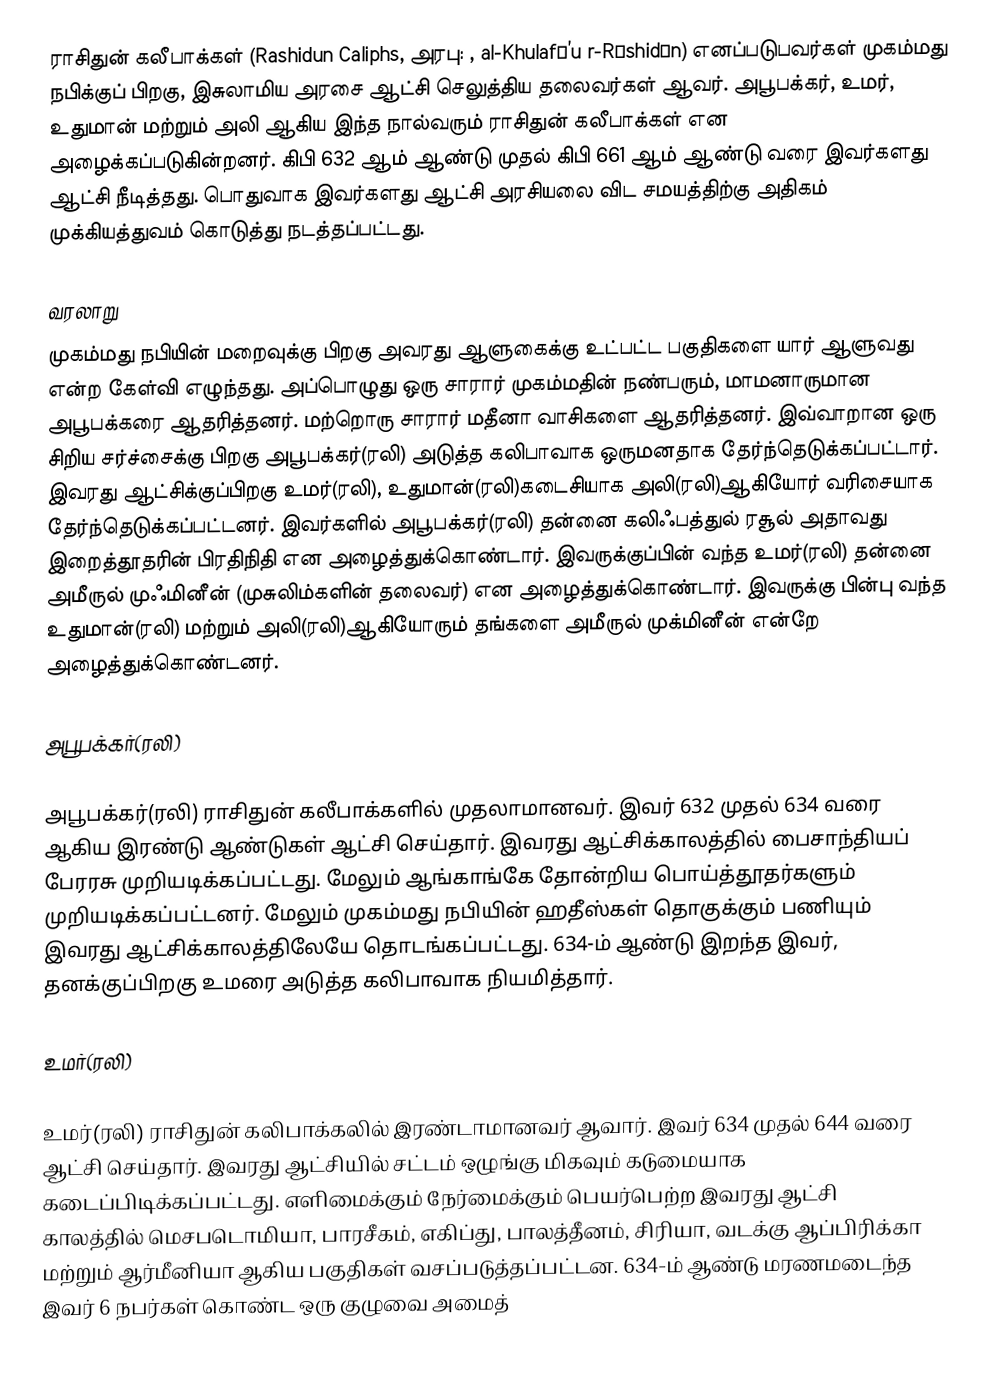
ராசிதுன் கலீபாக்கள் (Rashidun Caliphs, அரபு: , al-Khulafā’u r-Rāshidūn) எனப்படுபவர்கள் முகம்மது நபிக்குப் பிறகு, இசுலாமிய அரசை ஆட்சி செலுத்திய தலைவர்கள் ஆவர். அபூபக்கர், உமர், உதுமான் மற்றும் அலி ஆகிய இந்த நால்வரும் ராசிதுன் கலீபாக்கள் என அழைக்கப்படுகின்றனர். கிபி 632 ஆம் ஆண்டு முதல் கிபி 661 ஆம் ஆண்டு வரை இவர்களது ஆட்சி நீடித்தது. பொதுவாக இவர்களது ஆட்சி அரசியலை விட சமயத்திற்கு அதிகம் முக்கியத்துவம் கொடுத்து நடத்தப்பட்டது.

வரலாறு
முகம்மது நபியின் மறைவுக்கு பிறகு அவரது ஆளுகைக்கு உட்பட்ட பகுதிகளை யார் ஆளுவது என்ற கேள்வி எழுந்தது. அப்பொழுது ஒரு சாரார் முகம்மதின் நண்பரும், மாமனாருமான அபூபக்கரை ஆதரித்தனர். மற்றொரு சாரார் மதீனா வாசிகளை ஆதரித்தனர். இவ்வாறான ஒரு சிறிய சர்ச்சைக்கு பிறகு அபூபக்கர்(ரலி) அடுத்த கலிபாவாக ஒருமனதாக தேர்ந்தெடுக்கப்பட்டார். இவரது ஆட்சிக்குப்பிறகு உமர்(ரலி), உதுமான்(ரலி)கடைசியாக அலி(ரலி)ஆகியோர் வரிசையாக தேர்ந்தெடுக்கப்பட்டனர். இவர்களில் அபூபக்கர்(ரலி) தன்னை கலிஃபத்துல் ரசூல் அதாவது இறைத்தூதரின் பிரதிநிதி என அழைத்துக்கொண்டார். இவருக்குப்பின் வந்த உமர்(ரலி) தன்னை அமீருல் முஃமினீன் (முசுலிம்களின் தலைவர்) என அழைத்துக்கொண்டார். இவருக்கு பின்பு வந்த உதுமான்(ரலி) மற்றும் அலி(ரலி)ஆகியோரும் தங்களை அமீருல் முக்மினீன் என்றே அழைத்துக்கொண்டனர்.

அபூபக்கர்(ரலி)

அபூபக்கர்(ரலி) ராசிதுன் கலீபாக்களில் முதலாமானவர். இவர் 632 முதல் 634 வரை ஆகிய இரண்டு ஆண்டுகள் ஆட்சி செய்தார். இவரது ஆட்சிக்காலத்தில் பைசாந்தியப் பேரரசு முறியடிக்கப்பட்டது. மேலும் ஆங்காங்கே தோன்றிய பொய்த்தூதர்களும் முறியடிக்கப்பட்டனர். மேலும் முகம்மது நபியின் ஹதீஸ்கள் தொகுக்கும் பணியும் இவரது ஆட்சிக்காலத்திலேயே தொடங்கப்பட்டது. 634-ம் ஆண்டு இறந்த இவர், தனக்குப்பிறகு உமரை அடுத்த கலிபாவாக நியமித்தார்.

உமர்(ரலி)

உமர்(ரலி) ராசிதுன் கலிபாக்கலில் இரண்டாமானவர் ஆவார். இவர் 634 முதல் 644 வரை ஆட்சி செய்தார். இவரது ஆட்சியில் சட்டம் ஒழுங்கு மிகவும் கடுமையாக கடைப்பிடிக்கப்பட்டது. எளிமைக்கும் நேர்மைக்கும் பெயர்பெற்ற இவரது ஆட்சி காலத்தில் மெசபடொமியா, பாரசீகம், எகிப்து, பாலத்தீனம், சிரியா, வடக்கு ஆப்பிரிக்கா மற்றும் ஆர்மீனியா ஆகிய பகுதிகள் வசப்படுத்தப்பட்டன. 634-ம் ஆண்டு மரணமடைந்த இவர் 6 நபர்கள் கொண்ட ஒரு குழுவை அமைத்